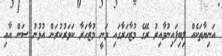
އަނިޔާތަކެއް ލިބިފައިނުވާއިރު ރޭގެ މުޒާހަރާގައި ވަނީ މުޒާހަރާ ކަވަރުކުރަން އުޅުނު ސަން އާއި